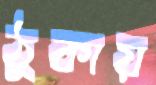
ঠুকায়